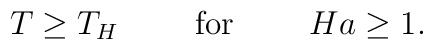
T\geq T_H\ \ \ \ \ \ \ {\rm for}\ \ \ \ \ \ \ Ha\geq 1.